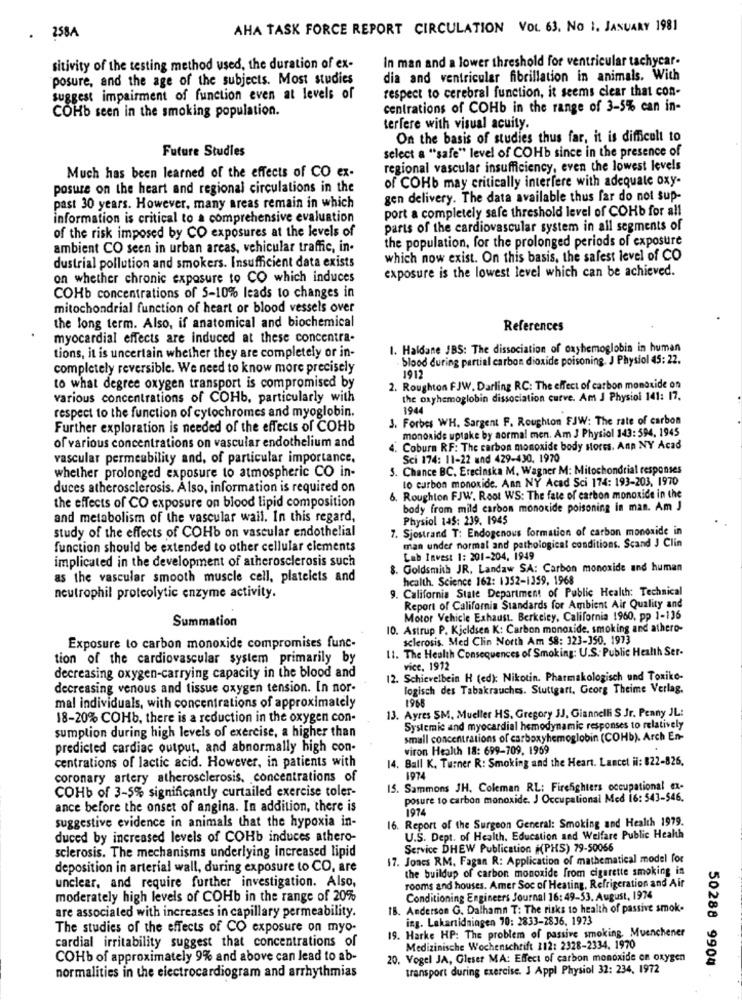
AHA TASK FORCE REPORT CIRCULATION VOL 63. NO 1, JANUARY 1981
. 258A
In man and a lower threshold for ventricular tachycar.
sitivity of the testing method used, the duration of ex-
posure, and the age of the subjects. Most studies
dia and ventricular fibrillation in animals. With
respect to cerebral function, it seems clear that con-
suggest impairment of function even at levels of
COHb seen in the smoking population.
centrations of COHb in the range of 3-5% can in-
terfere with visual acuity.
On the basis of studies thus far, it is difficult to
Future Studies
select a "safe" level of COHb since in the presence of
Much has been learned of the effects of CO ex-
regional vascular insufficiency, even the lowest levels
of COHb may critically interfere with adequate oxy-
posure on the heart and regional circulations in the
gen delivery. The data available thus far do not sup-
past 30 years. However, many areas remain in which
port a completely safe threshold level of COHb for all
information is critical to a comprehensive evaluation
of the risk imposed by CO exposures at the levels of
parts of the cardiovascular system in all segments of
the population, for the prolonged periods of exposure
ambient CO seen in urban areas, vehicular traffic, in-
dustrial pollution and smokers. Insufficient data exists
which now exist. On this basis, the safest level of CO
exposure is the lowest level which can be achieved.
on whether chronic exposure to CO which induces
COHb concentrations of 5-10% leads to changes in
mitochondrial function of heart or blood vessels over
the long term. Also, if anatomical and biochemical
References
myocardial effects are induced at these concentra-
1. Haldane JBS: The dissociation of oxyhemoglobin in human
tions, it is uncertain whether they are completely or in-
- blood during partial carbon dioxide poisoning. J Physiol 45: 22.
completely reversible. We need to know more precisely
1912
to what degree oxygen transport is compromised by
2. Roughton FJW. Darling RC: The effect of carbon monoxide on
various concentrations of COHb, particularly with
the oxyhemoglobin dissociation curve. Am J Physiol 141: 17.
1944
respect to the function of cytochromes and myoglobin.
3. Forbes WH, Sargent F. Roughton FJW: The rate of carbon
Further exploration is needed of the effects of COHb
monoxide uptake by aormal men. Am J Physiol 143: 594, 1945
of various concentrations on vascular endothelium and
4. Coburn RF: The carbon monoxide body sores. Anp NY Acad
vascular permeability and, of particular importance,
Sci 174: 11-22 and 429-430, 1970
5. Chance BC. Erecinska M. Wagner M: Mitochondrial responses
whether prolonged exposure to atmospheric CO in-
to carbon monoxide. Ann NY Acad Sci 174: 193-203, 1970
duces atherosclerosis. Also, information is required on
the effects of CO exposure on blood lipid composition
6. Roughton FJW. Root WS: The fate of carbon monoxide in the
body from mild carbon monoxide poisoning in man. Am J
and metabolism of the vascular wail. In this regard,
Physiol 145: 239. 1945
study of the effects of COHb on vascular endothelial
7. Sjostrand T: Endogenous formation of carbon monoxide in
function should be extended to other cellular ciements
man under normal and pathological conditions. Scand J Clin
implicated in the development of atherosclerosis such
Lab Invest 1: 201-204. 1949
8. Goldsmith JR. Landaw SA: Carbon monoxide and human
as the vascular smooth muscle cell, platelets and
health. Science 162: 1352-1359, 1968
9. California State Department of Public Health: Technical
neutrophil proteolytic enzyme activity.
Report of California Standards for Ambient Air Quality and
Summation
Motor Vehicle Exhaust. Berkeley, California 1960, pp 1-136
10. Astrup P. Kjeldsen K: Carbon monoxide, smoking and athero-
sclerosis. Med Clin North Am 58: 323-350. 1973
Exposure to carbon monoxide compromises func-
11. The Health Consequences of Smoking: U.S. Public Health Ser-
tion of the cardiovascular system primarily by
vice, 1912
decreasing oxygen-carrying capacity in the blood and
12. Schievelbein H (ed): Nikotin. Pharmakologisch und Toxiko-
decreasing venous and tissue oxygen tension. In nor-
logisch des Tabakrauches. Stuttgart, Georg Theime Verlag.
1968
mal individuals, with concentrations of approximately
13. Ayres SM. Mueller HS. Gregory JJ, Giannelli S Jr. Penny JL:
18-20% COHb, there is a reduction in the oxygen con-
sumption during high levels of exercise, a higher than
Systemic and myocardial hemodynamic responses to relatively
small concentrations of carboxyhemoglobin (COHb). Arch En-
predicted cardiac output, and abnormally high con-
viron Health 18: 699-709. 1959
centrations of lactic acid. However, in patients with
14. Ball K. Turner R: Smoking and the Heart. Lancet il: 822-826.
coronary artery atherosclerosis, concentrations of
1974
15. Sammons JH, Coleman RL: Firefighters occupational ex-
COHb of 3-5% significantly curtailed exercise toler-
posure to carbon monoxide. J Occupational Med 16: 543-546.
ance before the onset of angina. In addition, there is
1974
suggestive evidence in animals that the hypoxia in-
16. Report of the Surgeon General: Smoking and Health 1979.
duced by increased levels of COHb induces athero-
U.S. Dept. of Health. Education and Welfare Public Health
sclerosis. The mechanisms underlying increased lipid
Service DHEW Publication #(PHS) 79-50066
17. Jones RM, Fagan R: Application of mathematical model for
deposition in arterial wall, during exposure to CO, are
the buildup of carbon monoxide from cigarette smoking in
unclear, and require further investigation. Also,
rooms and houses. Amer Soc of Heating, Refrigeration and Air
moderately high levels of COHb in the range of 20%
Conditioning Engineers Journal 16: 49-53. August, 1974
1B. Anderson G. Dalhamn T: The risks to health of passive smok-
are associated with increases in capillary permeability.
ing. Lakantidningen 70: 2833-2836, 1973
The studies of the effects of CO exposure on myo-
19. Harke HP: The problem of passive smoking. Muenchener
cardial irritability suggest that concentrations of
Medizinische Wochenschrift 112: 2328-2334. 1970
COHb of approximately 9% and above can lead to ab-
20. Vogel JA, Gleser MA: Effect of carbon monoxide en oxygen
transport during exercise. J Appl Physiol 32: 234, 1972
50288 9904 -
normalities in the electrocardiogram and arrhythmias